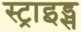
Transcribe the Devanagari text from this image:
स्ट्राइड्स